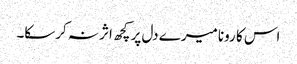
اس کا رونا میرے دل پر کچھ اثر نہ کرسکا۔